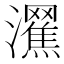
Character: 𤄩